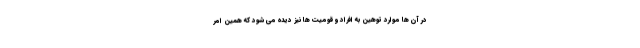
در آن ها موارد توهین به افراد و قومیت ها نیز دیده می شود که همین امر